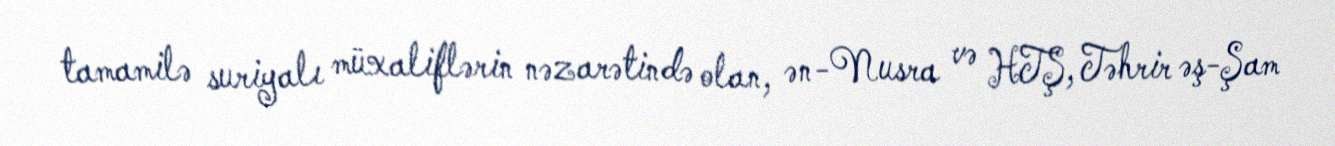
tamamilə suriyalı müxaliflərin nəzarətində olan, ən-Nusra və HTŞ, Təhrir əş-Şam